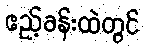
ဧည့်ခန်းထဲတွင်